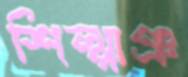
শিল্পাঞ